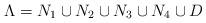
LaTeX: \begin{align*}\small \Lambda = N_1 \cup N_2 \cup N_3 \cup N_4 \cup D\end{align*}